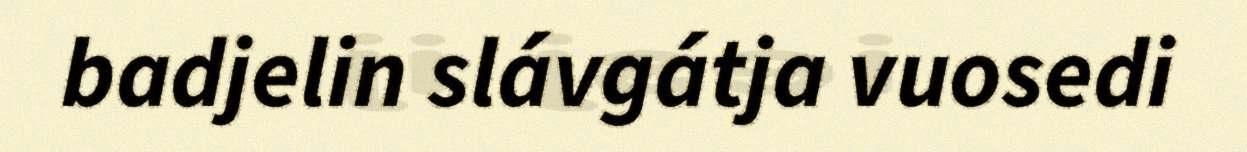
badjelin slávgátja vuosedi